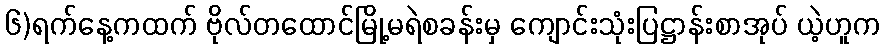
၆)ရက်နေ့ကထက် ဗိုလ်တထောင်မြို့မရဲစခန်းမှ ကျောင်းသုံးပြဋ္ဌာန်းစာအုပ် ယဲ့ဟူက